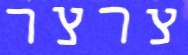
צרצר